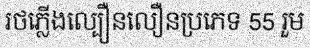
រថភ្លើងល្បឿនលឿនប្រភេទ 55 រួម